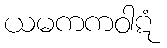
ယမကကဝါဋံ